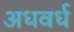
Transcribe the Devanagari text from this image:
अधवर्ध